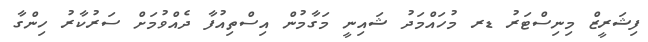
ފިޝަރީޒް މިނިސްޓަރު ޑރ މުހައްމަދު ޝައިނީ މަގާމުން އިސްތިއުފާ ދެއްވުމަށް ސަރުކާރު ހިންގާ